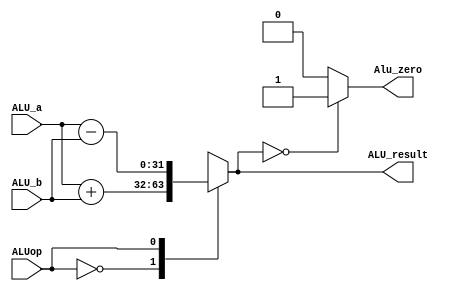
`timescale 1ns / 1ps

module ALU (
//input rst ,
    input [31 : 0] ALU_a , ALU_b ,
    input   ALUop ,
    output reg Alu_zero ,
    output reg [31: 0] ALU_result
);

always@(*)  begin
//if(rst )        ALU_result = 32'b1 ;
    
    case(ALUop)
        1'b0 : ALU_result = ALU_a +  ALU_b;  
        1'b1 : ALU_result = ALU_a -  ALU_b;  
        default : begin
            ALU_result = 32'b0 ;
        end 
    endcase
    
    if(ALU_result == 0)
        Alu_zero = 1 ; 
    else 
        Alu_zero = 0 ; 

end
    
endmodule